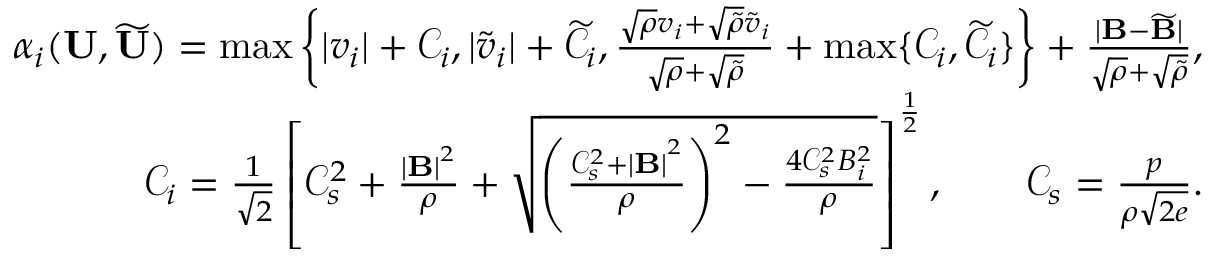
\begin{array} { r } { \alpha _ { i } ( \mathbf { U } , \widetilde { \mathbf { U } } ) = \operatorname* { m a x } \left\{ | v _ { i } | + \mathcal { C } _ { i } , | \widetilde { v } _ { i } | + \widetilde { \mathcal { C } } _ { i } , \frac { \sqrt { \rho } v _ { i } + \sqrt { \widetilde { \rho } } \widetilde { v } _ { i } } { \sqrt { \rho } + \sqrt { \widetilde { \rho } } } + \operatorname* { m a x } \{ \mathcal { C } _ { i } , \widetilde { \mathcal { C } } _ { i } \} \right\} + \frac { | \mathbf { B } - \widetilde { \mathbf { B } } | } { \sqrt { \rho } + \sqrt { \widetilde { \rho } } } , } \\ { \mathcal { C } _ { i } = \frac { 1 } { \sqrt { 2 } } \left[ \mathcal { C } _ { s } ^ { 2 } + \frac { { | \mathbf { B } | } ^ { 2 } } { \rho } + \sqrt { \left( \frac { { \mathcal { C } _ { s } ^ { 2 } + | \mathbf { B } | } ^ { 2 } } { \rho } \right) ^ { 2 } - \frac { 4 \mathcal { C } _ { s } ^ { 2 } B _ { i } ^ { 2 } } { \rho } } \right] ^ { \frac 1 2 } , \qquad \mathcal { C } _ { s } = \frac { p } { \rho \sqrt { 2 e } } . } \end{array}